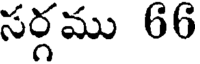
సర్గము 66